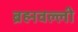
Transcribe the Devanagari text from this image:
ब्रह्मवल्ली